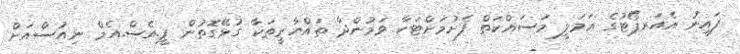
ފައިނު އެއަރޕޯޓުގެ ޢަމަލީ މަސައްކަތް ފެށުމަށްޓަކާ ވަމުންދާ ތައްޔާރީތަކާ ގުޅޭގޮތުން ޕީ.އެސް.އެމް ނިއުސްއަށް